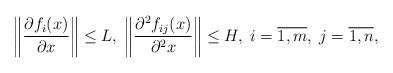
LaTeX: \begin{align*}\left\|\frac{\partial f_i(x)}{\partial x}\right\|\le L,\; \left\|\frac{\partial^2 f_{ij}(x)}{\partial^2 x}\right\|\le H,\; i=\overline{1,m},\;j=\overline{1,n},\end{align*}